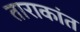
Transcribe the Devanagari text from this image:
ताराकांत